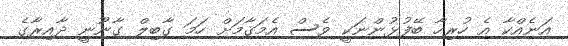
އަނެއްކާ އެ ހުރިހާ ބޭފުޅުންނަކީ ވެސް އެމަޤާމަށް ހަމަ ގާބިލް ގާނޫނީ ދާއިރާގެ